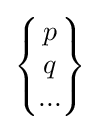
{\begin{Bmatrix}p\\q\\...\end{Bmatrix}}